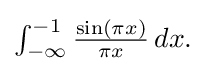
{\textstyle \int _{-\infty }^{-1}{\frac {\sin(\pi x)}{\pi x}}\,dx.}